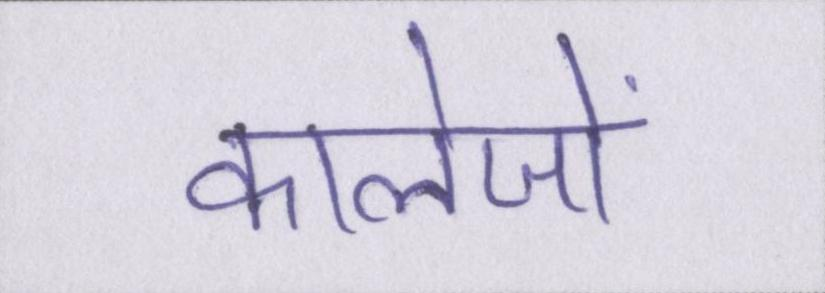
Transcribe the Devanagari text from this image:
कालेजों